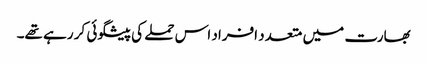
بھارت میں متعدد افراد اس حملے کی پیشگوئی کر رہے تھے۔